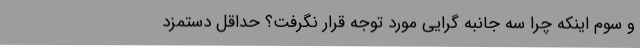
و سوم اینکه چرا سه جانبه گرایی مورد توجه قرار نگرفت؟ حداقل دستمزد